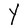
Character: Y